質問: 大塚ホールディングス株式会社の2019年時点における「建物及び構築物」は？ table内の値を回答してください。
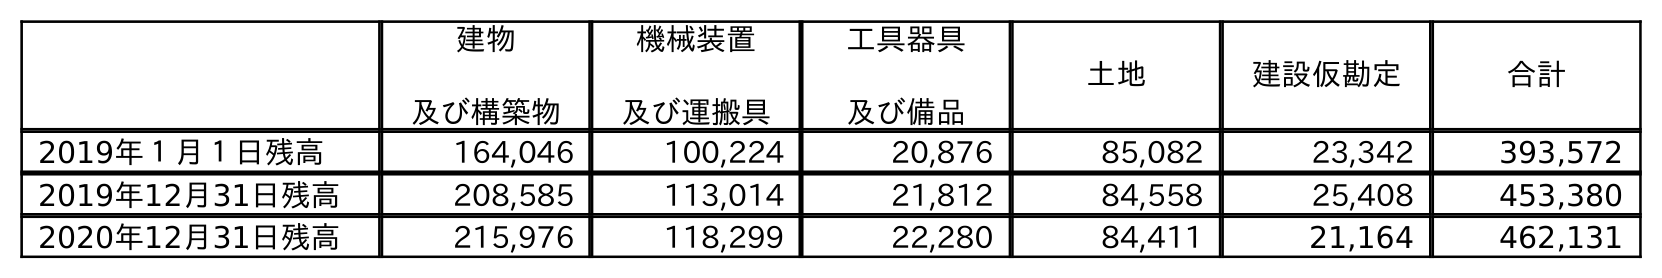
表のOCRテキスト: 建物 及び構築物 機械装置 及び運搬具 工具器具 及び備品 土地 建設仮勘定 合計 2019年１月１日残高 164,046 100,224 20,876 85,082 23,342 393,572 2019年12月31日残高 208,585 113,014 21,812 84,558 25,408 453,380 2020年12月31日残高 215,976 118,299 22,280 84,411 21,164 462,131
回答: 208,585